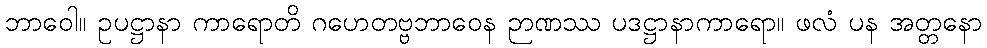
ဘာဝေါ။ ဥပဋ္ဌာနာ ကာရောတိ ဂဟေတဗ္ဗဘာဝေန ဉာဏဿ ပဒဋ္ဌာနာကာရော။ ဖလံ ပန အတ္တနော